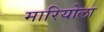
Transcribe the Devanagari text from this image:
मारियोला